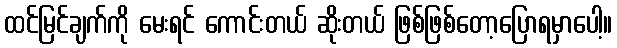
ထင်မြင်ချက်ကို မေးရင် ကောင်းတယ် ဆိုးတယ် ဖြစ်ဖြစ်တော့ပြောရမှာပေါ့။